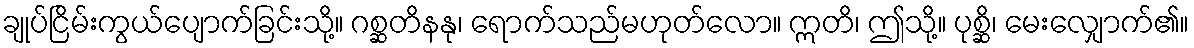
ချုပ်ငြိမ်းကွယ်ပျောက်ခြင်းသို့။ ဂစ္ဆတိနနု၊ ရောက်သည်မဟုတ်လော။ ဣတိ၊ ဤသို့။ ပုစ္ဆိ၊ မေးလျှောက်၏။